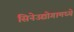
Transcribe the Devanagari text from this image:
सिनेउद्योगामध्ये